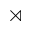
\rtimes